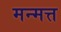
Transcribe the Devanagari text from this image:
मन्मत्त